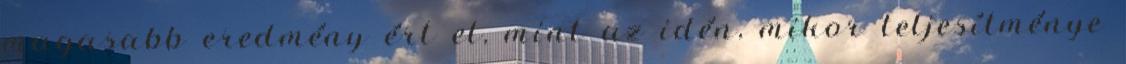
magasabb eredmény ért el, mint az idén, mikor teljesítménye